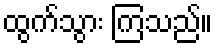
ထွက်သွား ကြသည်။